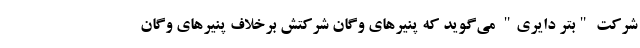
شرکت "بتر دایری" می‌گوید که پنیرهای وگان شرکتش برخلاف پنیرهای وگان